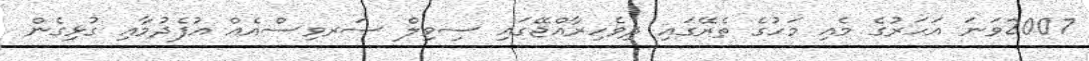
2007ވަނަ އަހަރުގެ މެއި މަހުގެ ތެރޭގައި ދިވެހިރާއްޖޭގައި ސިވިލް ސަރވިސްއެއް އުފެދުމާއި ގުޅިގެން